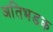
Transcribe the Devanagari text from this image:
अतिभडक